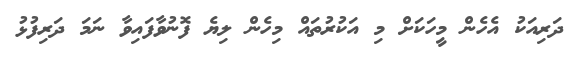
ދަރިއަކު އެހެން މީހަކަށް މި އަކުރުތައް މިހެން ލިޔެ ފޮނުވާފައިވާ ނަމަ ދަރިފުޅު